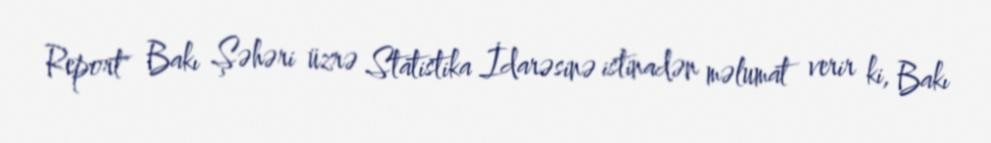
Report" Bakı Şəhəri üzrə Statistika İdarəsinə istinadən məlumat verir ki, Bakı